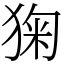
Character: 㹼